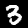
Digit: 3